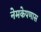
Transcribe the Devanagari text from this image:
नेमकेपणास